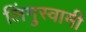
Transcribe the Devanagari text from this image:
लिंगुस्वामी